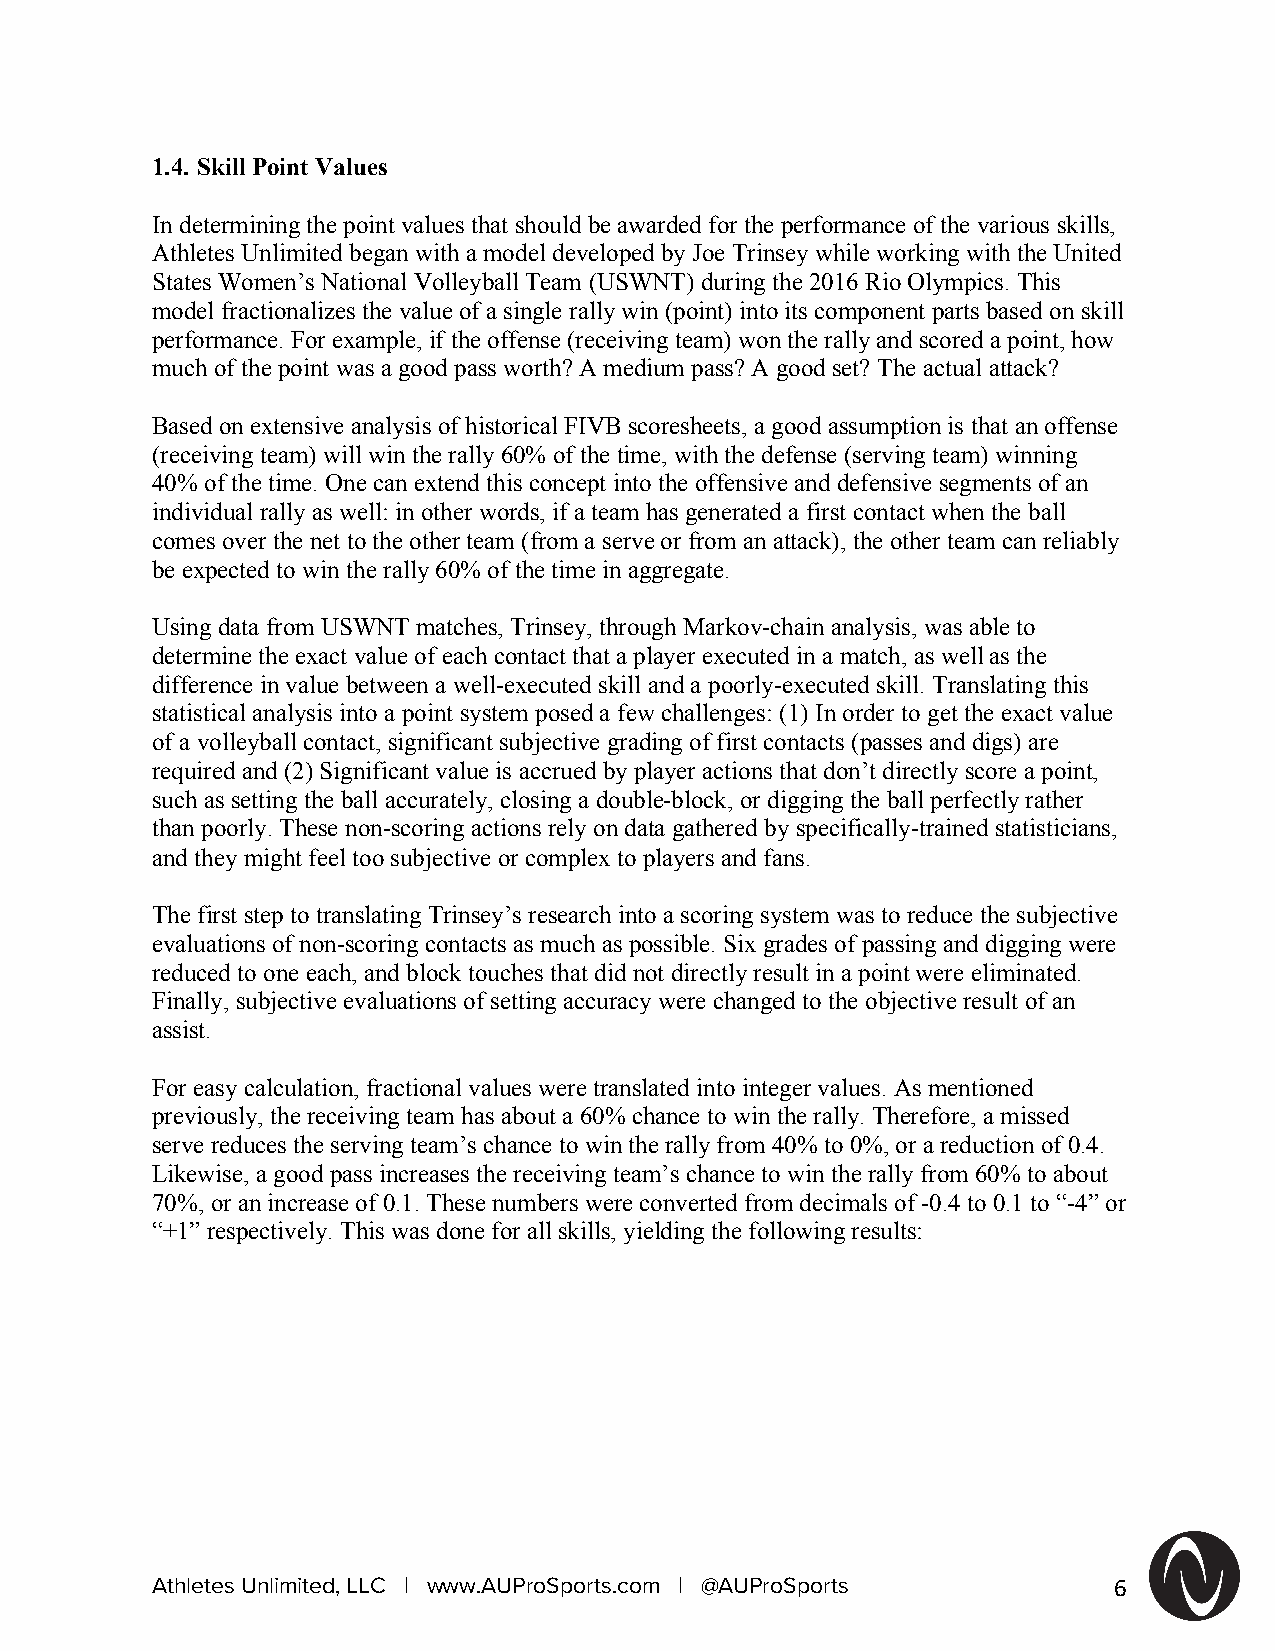
1.4. Skill Point Values
 In determining the point values that should be awarded for the performance of the various skills,
 Athletes Unlimited began with a model developed by Joe Trinsey while working with the United
 States Women’s National Volleyball Team (USWNT) during the 2016 Rio Olympics. This
 model fractionalizes the value of a single rally win (point) into its component parts based on skill
 performance. For example, if the offense (receiving team) won the rally and scored a point, how
 much of the point was a good pass worth? A medium pass? A good set? The actual attack?
 Based on extensive analysis of historical FIVB scoresheets, a good assumption is that an offense
 (receiving team) will win the rally 60% of the time, with the defense (serving team) winning
 40% of the time. One can extend this concept into the offensive and defensive segments of an
 individual rally as well: in other words, if a team has generated a first contact when the ball
 comes over the net to the other team (from a serve or from an attack), the other team can reliably
 be expected to win the rally 60% of the time in aggregate.
 Using data from USWNT matches, Trinsey, through Markov-chain analysis, was able to
 determine the exact value of each contact that a player executed in a match, as well as the
 difference in value between a well-executed skill and a poorly-executed skill. Translating this
 statistical analysis into a point system posed a few challenges: (1) In order to get the exact value
 of a volleyball contact, significant subjective grading of first contacts (passes and digs) are
 required and (2) Significant value is accrued by player actions that don’t directly score a point,
 such as setting the ball accurately, closing a double-block, or digging the ball perfectly rather
 than poorly. These non-scoring actions rely on data gathered by specifically-trained statisticians,
 and they might feel too subjective or complex to players and fans.
 The first step to translating Trinsey’s research into a scoring system was to reduce the subjective
 evaluations of non-scoring contacts as much as possible. Six grades of passing and digging were
 reduced to one each, and block touches that did not directly result in a point were eliminated.
 Finally, subjective evaluations of setting accuracy were changed to the objective result of an
 assist.
 For easy calculation, fractional values were translated into integer values. As mentioned
 previously, the receiving team has about a 60% chance to win the rally. Therefore, a missed
 serve reduces the serving team’s chance to win the rally from 40% to 0%, or a reduction of 0.4.
 Likewise, a good pass increases the receiving team’s chance to win the rally from 60% to about
 70%, or an increase of 0.1. These numbers were converted from decimals of -0.4 to 0.1 to “-4” or
 “+1” respectively. This was done for all skills, yielding the following results:
 Athletes Unlimited, LLC | www.AUProSports.com | @AUProSports    6